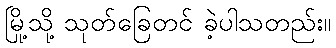
မြို့သို့ သုတ်ခြေတင် ခဲ့ပါသတည်း။